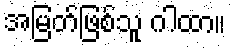
အမြတ်ဖြစ်သူ ဂါထာ။